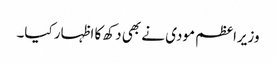
وزیراعظم مودی نے بھی دکھ کا اظہار کیا۔